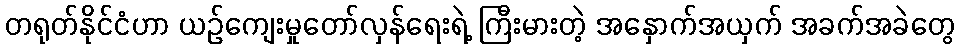
တရုတ်နိုင်ငံဟာ ယဉ်ကျေးမှုတော်လှန်ရေးရဲ့ ကြီးမားတဲ့ အနှောက်အယှက် အခက်အခဲတွေ